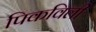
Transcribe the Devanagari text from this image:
पिकविली